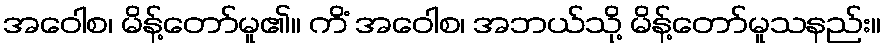
အဝေါစ၊ မိန့်တော်မူ၏။ ကိံ အဝေါစ၊ အဘယ်သို့ မိန့်တော်မူသနည်း။